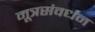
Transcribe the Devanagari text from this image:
मूत्रसंवर्धन